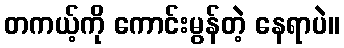
တကယ့်ကို ကောင်းမွန်တဲ့ နေရာပဲ။